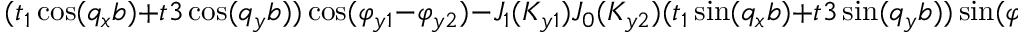
( t _ { 1 } \cos ( q _ { x } b ) + t 3 \cos ( q _ { y } b ) ) \cos ( \varphi _ { y 1 } - \varphi _ { y 2 } ) - J _ { 1 } ( K _ { y 1 } ) J _ { 0 } ( K _ { y 2 } ) ( t _ { 1 } \sin ( q _ { x } b ) + t 3 \sin ( q _ { y } b ) ) \sin ( \varphi _ { y 1 } ) ]